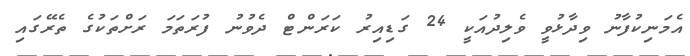
އެމަނިކުފާނު ވިދާޅުވީ ވެލިދުއަކީ 24 ގަޑިއިރު ކަރަންޓް ދެވުނު ފުރަތަމަ ރަށްތަކުގެ ތެރޭގައި